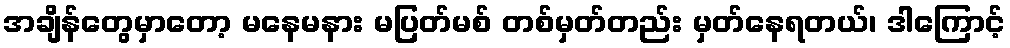
အချိန်တွေမှာတော့ မနေမနား မပြတ်မစ် တစ်မှတ်တည်း မှတ်နေရတယ်၊ ဒါကြောင့်